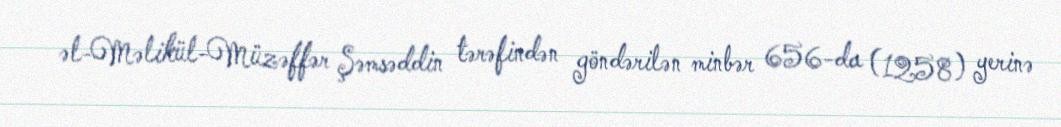
əl-Məlikül-Müzəffər Şəmsəddin tərəfindən göndərilən minbər 656-da (1258) yerinə